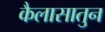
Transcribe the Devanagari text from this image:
कैलासातुन